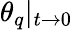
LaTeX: \theta_{q}|_{t\rightarrow 0}